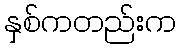
နှစ်ကတည်းက